Lunatic asylums Madras 1892-1911 - 1892-1911
Year: 1892
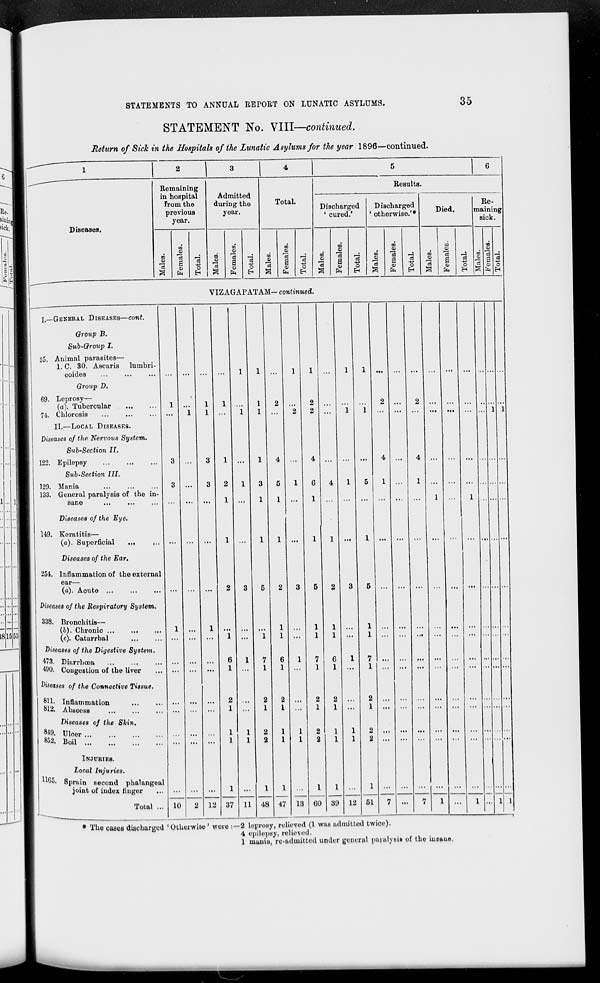
STATEMENTS TO ANNUAL REI>ORT ON LUNATIC ASYLUMS.
35
STATEMENT No. VIII—continued.
Return of SicTc in the Hospitals of the Lunatic Asylums for the year 1896—continued.
Diseases.
Remaining
in hospital
From the
previous
year.
en
"a
m
CD
s
CD
fa
C3
o
SH
Admitted
during the
year.
m
tn
a
CD
fa
c3
o
Total.
CD
m
CD
a
fa
Results.
Discharged
' cured.'
CD
CD
CD
a
CD
fa
o
Discharged
otherwise.'*
CD
CD
CD
CD
a
CD
fa
O
EH
Died.
Re-
|maining|
sick.
o
a
CD
fa
O
DO
ffl!
«
IS
00
I
5
ft
o
H
VIZAGAPATAM— continued.
I.—GENERAL DISEASES—cont.
Group B.
Sub-Group I.
35. Animal parasites—
1. C. 30. Ascaris
coides
Group D.
luinbri-
69 Leprosy—
(a). Tubercular
74. Chlorosis
II.—LOCAL DISEASES.
diseases of the Nervous System.
Sub-Section II.
122. Epilepsy
Sub -Section III.
129. Mania
133. General paralysis of the in-
sane
...
Diseases of the Eye.
149. Keratitis—
(a). Superficial
...
Diseases of the Ear.
254. Inflammation of the external
ear—
(a). Acute ...
diseases of the Respiratory System.
338. Bronchitis—
(I)). Chronic ...
...
(c). Catarrhal
Diseases of the Digestive System.
473. Diarrhoea
490. Congestion of the liver
ses of the Connective Tissue.
811. Inflammation
812. Abscess
Diseases of the Skin.
849. Ulcer
862, Boil
11GJ
INJURIES.
Local Injuries.
Sprain second phalangeal
joint of index finger
Total ... 10
'1
12
1
37 11 48 47 13 CO
4
39 12 51
• The caeeB discharged 'Otherwise' were :-2 leprosy, relieved (1 was admitted twice).
4 epilepsy, relieved.
1 mania, re-admitted under general paialy sis of the insane.